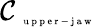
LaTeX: \mathcal{C}_{\mathrm{~\tiny~u~p~p~e~r~-~j~a~w~}}